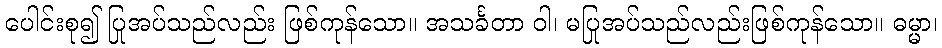
ပေါင်းစု၍ ပြုအပ်သည်လည်း ဖြစ်ကုန်သော။ အသင်္ခတာ ဝါ၊ မပြုအပ်သည်လည်းဖြစ်ကုန်သော။ ဓမ္မာ၊